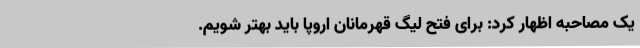
یک مصاحبه اظهار کرد: برای فتح لیگ قهرمانان اروپا باید بهتر شویم.